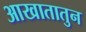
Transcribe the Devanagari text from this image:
आखातातुन